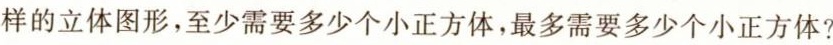
样的立体图形，至少需要多少个小正方体，最多需要多少个小正方体?